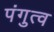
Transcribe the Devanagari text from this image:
पंगुत्व